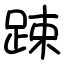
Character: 踈